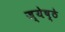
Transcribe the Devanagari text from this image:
ज्येष्ठे